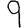
Digit: 9